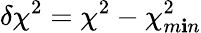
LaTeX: \delta\chi^{2}=\chi^{2}-\chi_{m\mathbf{i}n}^{2}